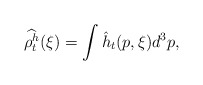
\begin{align*}\widehat{\rho^h_t}(\xi) = \int \hat{h}_t(p,\xi) d^3p,\end{align*}